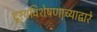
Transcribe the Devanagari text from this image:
दृश्यविशेषणाच्याद्वारे